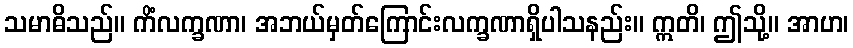
သမာဓိသည်။ ကိံလက္ခဏာ၊ အဘယ်မှတ်ကြောင်းလက္ခဏာရှိပါသနည်း။ ဣတိ၊ ဤသို့။ အာဟ၊